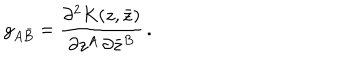
LaTeX: g _ { A \bar { B } } = \frac { \partial ^ { 2 } K ( z , \bar { z } ) } { \partial z ^ { A } \, \partial \bar { z } ^ { B } } \, .